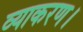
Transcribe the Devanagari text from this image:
व्याकरण।